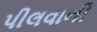
પીલવાની